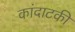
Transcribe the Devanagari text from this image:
कांदाटकी